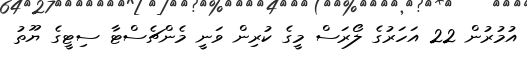
އުމުރުން 22 އަހަރުގެ ލޯރަސް މީގެ ކުރިން ވަނީ މެންޗެސްޓާ ސިޓީގެ ޔޫތު